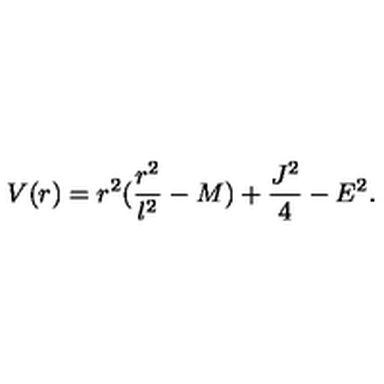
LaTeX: V ( r ) = r ^ { 2 } ( \frac { r ^ { 2 } } { l ^ { 2 } } - M ) + \frac { J ^ { 2 } } { 4 } - E ^ { 2 } .